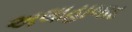
અલાહાબાદ